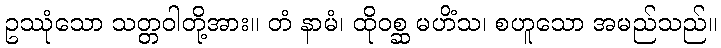
ဥဿုံသော သတ္တဝါတို့အား။ တံ နာမံ၊ ထိုဝစ္ဆ မဟိံသ၊ စဟူသော အမည်သည်။